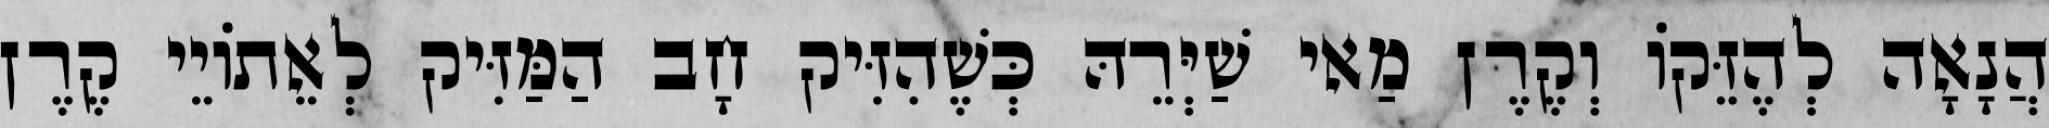
הֲנָאָה לְהֶזֵּקוֹ וְקֶרֶן מַאי שַׁיְּרֵהּ כְּשֶׁהִזִּיק חָב הַמַּזִּיק לְאֵתוֹיֵי קֶרֶן